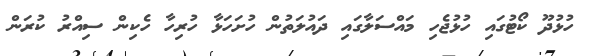
ހުޅުދޫ ކޯޓުގައި ހުޅުޖެހި މައްސަލާގައި ދައުލަތުން ހުށަހަޅާ ހުރިހާ ހެކިން ސިއްރު ކުރަން